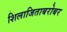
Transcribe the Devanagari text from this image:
शिलाजिताबरोबर